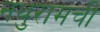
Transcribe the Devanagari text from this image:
नथुरामची